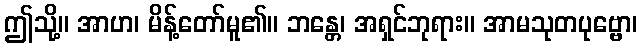
ဤသို့။ အာဟ၊ မိန့်တော်မူ၏။ ဘန္တေ၊ အရှင်ဘုရား။ အာမသုတပုဗ္ဗော၊